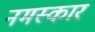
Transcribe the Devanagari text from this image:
नमस्कार